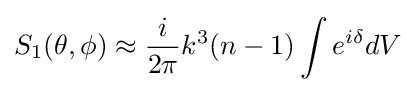
S_{1}(\theta ,\phi )\approx {\frac {i}{2\pi }}k^{3}(n-1)\int e^{i\delta }dV